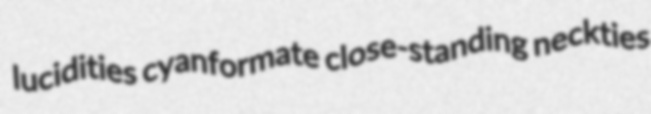
lucidities cyanformate close-standing neckties